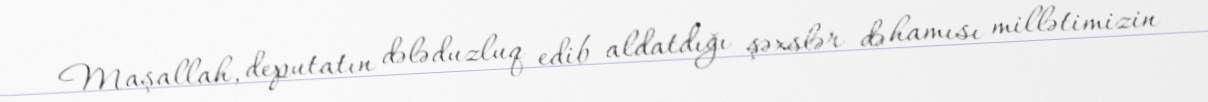
Maşallah, deputatın dələduzluq edib aldatdığı şəxslər də hamısı millətimizin